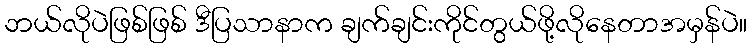
ဘယ်လိုပဲဖြစ်ဖြစ် ဒီပြသာနာက ချက်ချင်းကိုင်တွယ်ဖို့လိုနေတာအမှန်ပဲ။